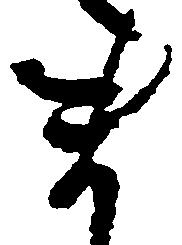
ま